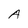
Character: A